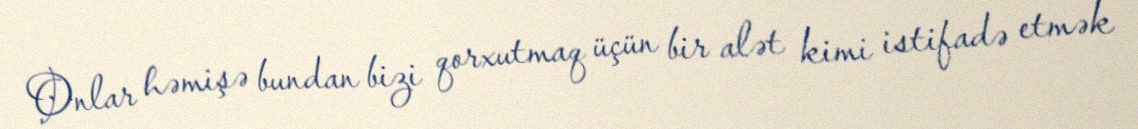
Onlar həmişə bundan bizi qorxutmaq üçün bir alət kimi istifadə etmək